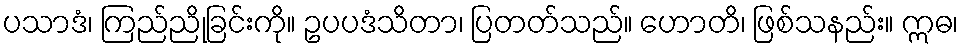
ပသာဒံ၊ ကြည်ညိုခြင်းကို။ ဥပပဒံသိတာ၊ ပြတတ်သည်။ ဟောတိ၊ ဖြစ်သနည်း။ ဣဓ၊